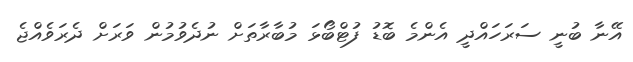
އޭނާ ބުނީ ސަރަހައްދީ އެންމެ ބޮޑު ފުޓްބޯޅަ މުބާރާތަށް ނުދެވުމުން ވަރަށް ދެރަވެއްޖެ